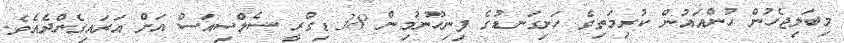
މިބަލިޖެހުން ހުންއައުން ކުރިމަތިވެ ހަށިގަނޑުގެ ފިނިހޫނުމިން 38 ޑިގްރީ ސެލްސިއަސް އަށް އަރައިގެންދެއެވެ.